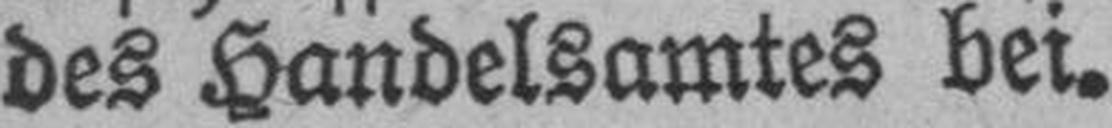
des Handelsamtes bei.